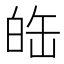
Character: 𤽦